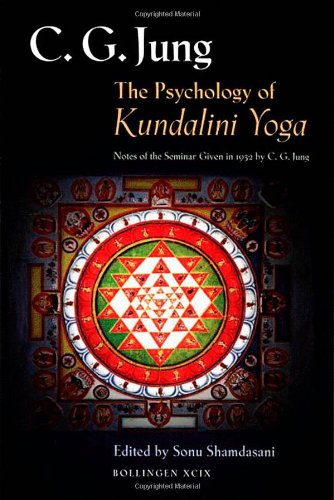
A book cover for The Psychology of Kundalini Yoga; C. G. Jung; Medical Books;